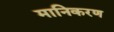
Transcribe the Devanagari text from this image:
मानिकरण